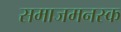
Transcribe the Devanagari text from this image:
समाजमनस्क